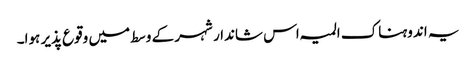
یہ اندوہناک المیہ اس شاندار شہر کے وسط میں وقوع پذیر ہوا۔